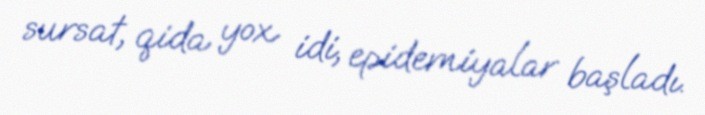
sursat, qida yox idi, epidemiyalar başladı.